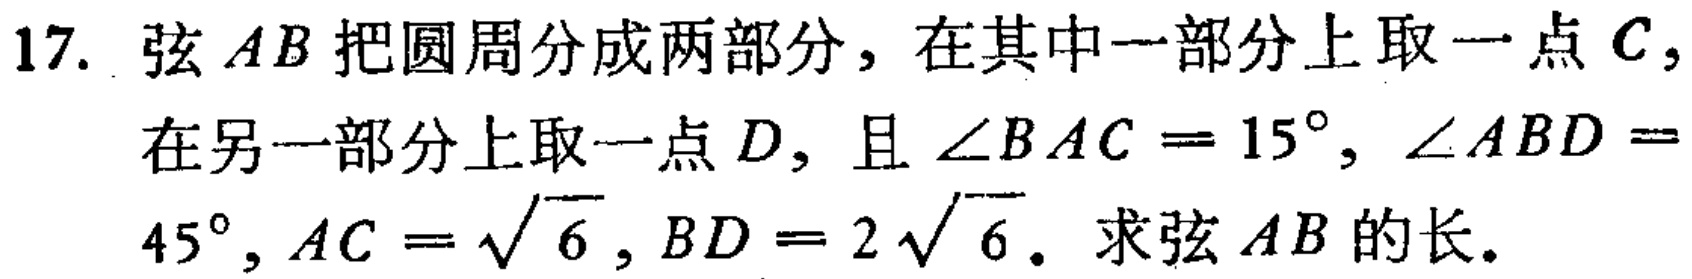
17. 弦 \(AB\) 把圆周分成两部分，在其中一部分上取一点 \(C\)，在另一部分上取一点 \(D\)，且 \(\angle BAC = 15^{\circ}\)，\(\angle ABD = 45^{\circ}\)，\(AC = \sqrt{6}\)，\(BD = 2\sqrt{6}\). 求弦 \(AB\) 的长.